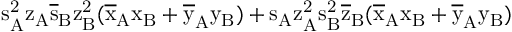
\mathrm { s _ { A } ^ { 2 } \mathrm { z _ { A } \mathrm { \overline { { s } } _ { B } \mathrm { z _ { B } ^ { 2 } ( \mathrm { \overline { { x } } _ { A } \mathrm { x _ { B } + \mathrm { \overline { { y } } _ { A } \mathrm { y _ { B } ) + \mathrm { s _ { A } \mathrm { z _ { A } ^ { 2 } \mathrm { s _ { B } ^ { 2 } \mathrm { \overline { { z } } _ { B } ( \mathrm { \overline { { x } } _ { A } \mathrm { x _ { B } + \mathrm { \overline { { y } } _ { A } \mathrm { y _ { B } ) } } } } } } } } } } } } } } } }